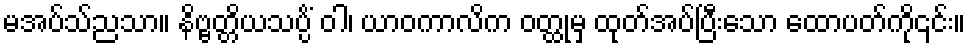
မအပ်သ်ညသာ။ နိဗ္ဗတ္တိယသပ္ပိံ ဝါ၊ ယာဝကာလိက ဝတ္ထုမှ ထုတ်အပ်ပြီးသော ထောပတ်ကို၎င်း။